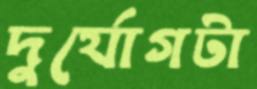
দুর্যোগটা